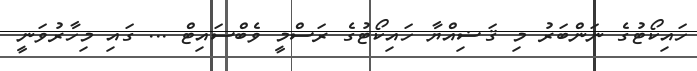
ހައިކޯޓުގެ ނަންބަރު މި ޤަޟިއްޔާ ހައިކޯޓުގެ ރަސްމީ ވެބްސައިޓް ... ގައި މިހާރުވަނީ